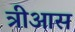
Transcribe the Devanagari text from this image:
त्रीआस